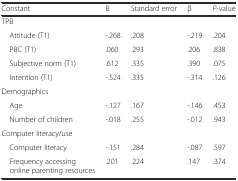
<table><thead><tr><td><b>Constant</b></td><td><b>B</b></td><td><b>Standard error</b></td><td><b>β</b></td><td><b><i>P</i>-value</b></td></tr></thead><tbody><tr><td colspan="5">TPB</td></tr><tr><td> Attitude (T1)</td><td>-.268</td><td>.208</td><td>-.219</td><td>.204</td></tr><tr><td> PBC (T1)</td><td>.060</td><td>.293</td><td>.206</td><td>.838</td></tr><tr><td> Subjective norm (T1)</td><td>.612</td><td>.335</td><td>.390</td><td>.075</td></tr><tr><td> Intention (T1)</td><td>-.524</td><td>.335</td><td>-.314</td><td>.126</td></tr><tr><td colspan="5">Demographics</td></tr><tr><td> Age</td><td>-.127</td><td>.167</td><td>-.146</td><td>.453</td></tr><tr><td> Number of children</td><td>-.018</td><td>.255</td><td>-.012</td><td>.943</td></tr><tr><td colspan="5">Computer literacy/use</td></tr><tr><td> Computer literacy</td><td>-.151</td><td>.284</td><td>-.087</td><td>.597</td></tr><tr><td> Frequency accessing online parenting resources</td><td>.201</td><td>.224</td><td>.147</td><td>.374</td></tr></tbody></table>